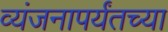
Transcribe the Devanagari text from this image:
व्यंजनापर्यंतच्या